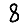
Digit: 8